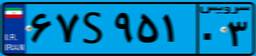
۵۷S۶۵۶۰۹